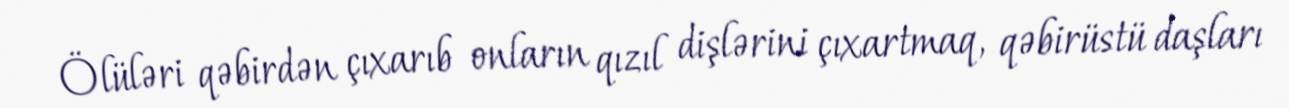
Ölüləri qəbirdən çıxarıb onların qızıl dişlərini çıxartmaq, qəbirüstü daşları